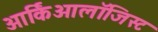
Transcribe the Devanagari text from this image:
आर्किओलॉजिस्ट